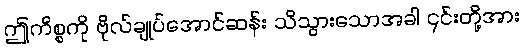
ဤကိစ္စကို ဗိုလ်ချုပ်အောင်ဆန်း သိသွားသောအခါ ၎င်းတို့အား